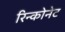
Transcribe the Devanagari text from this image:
रिन्कोनेट